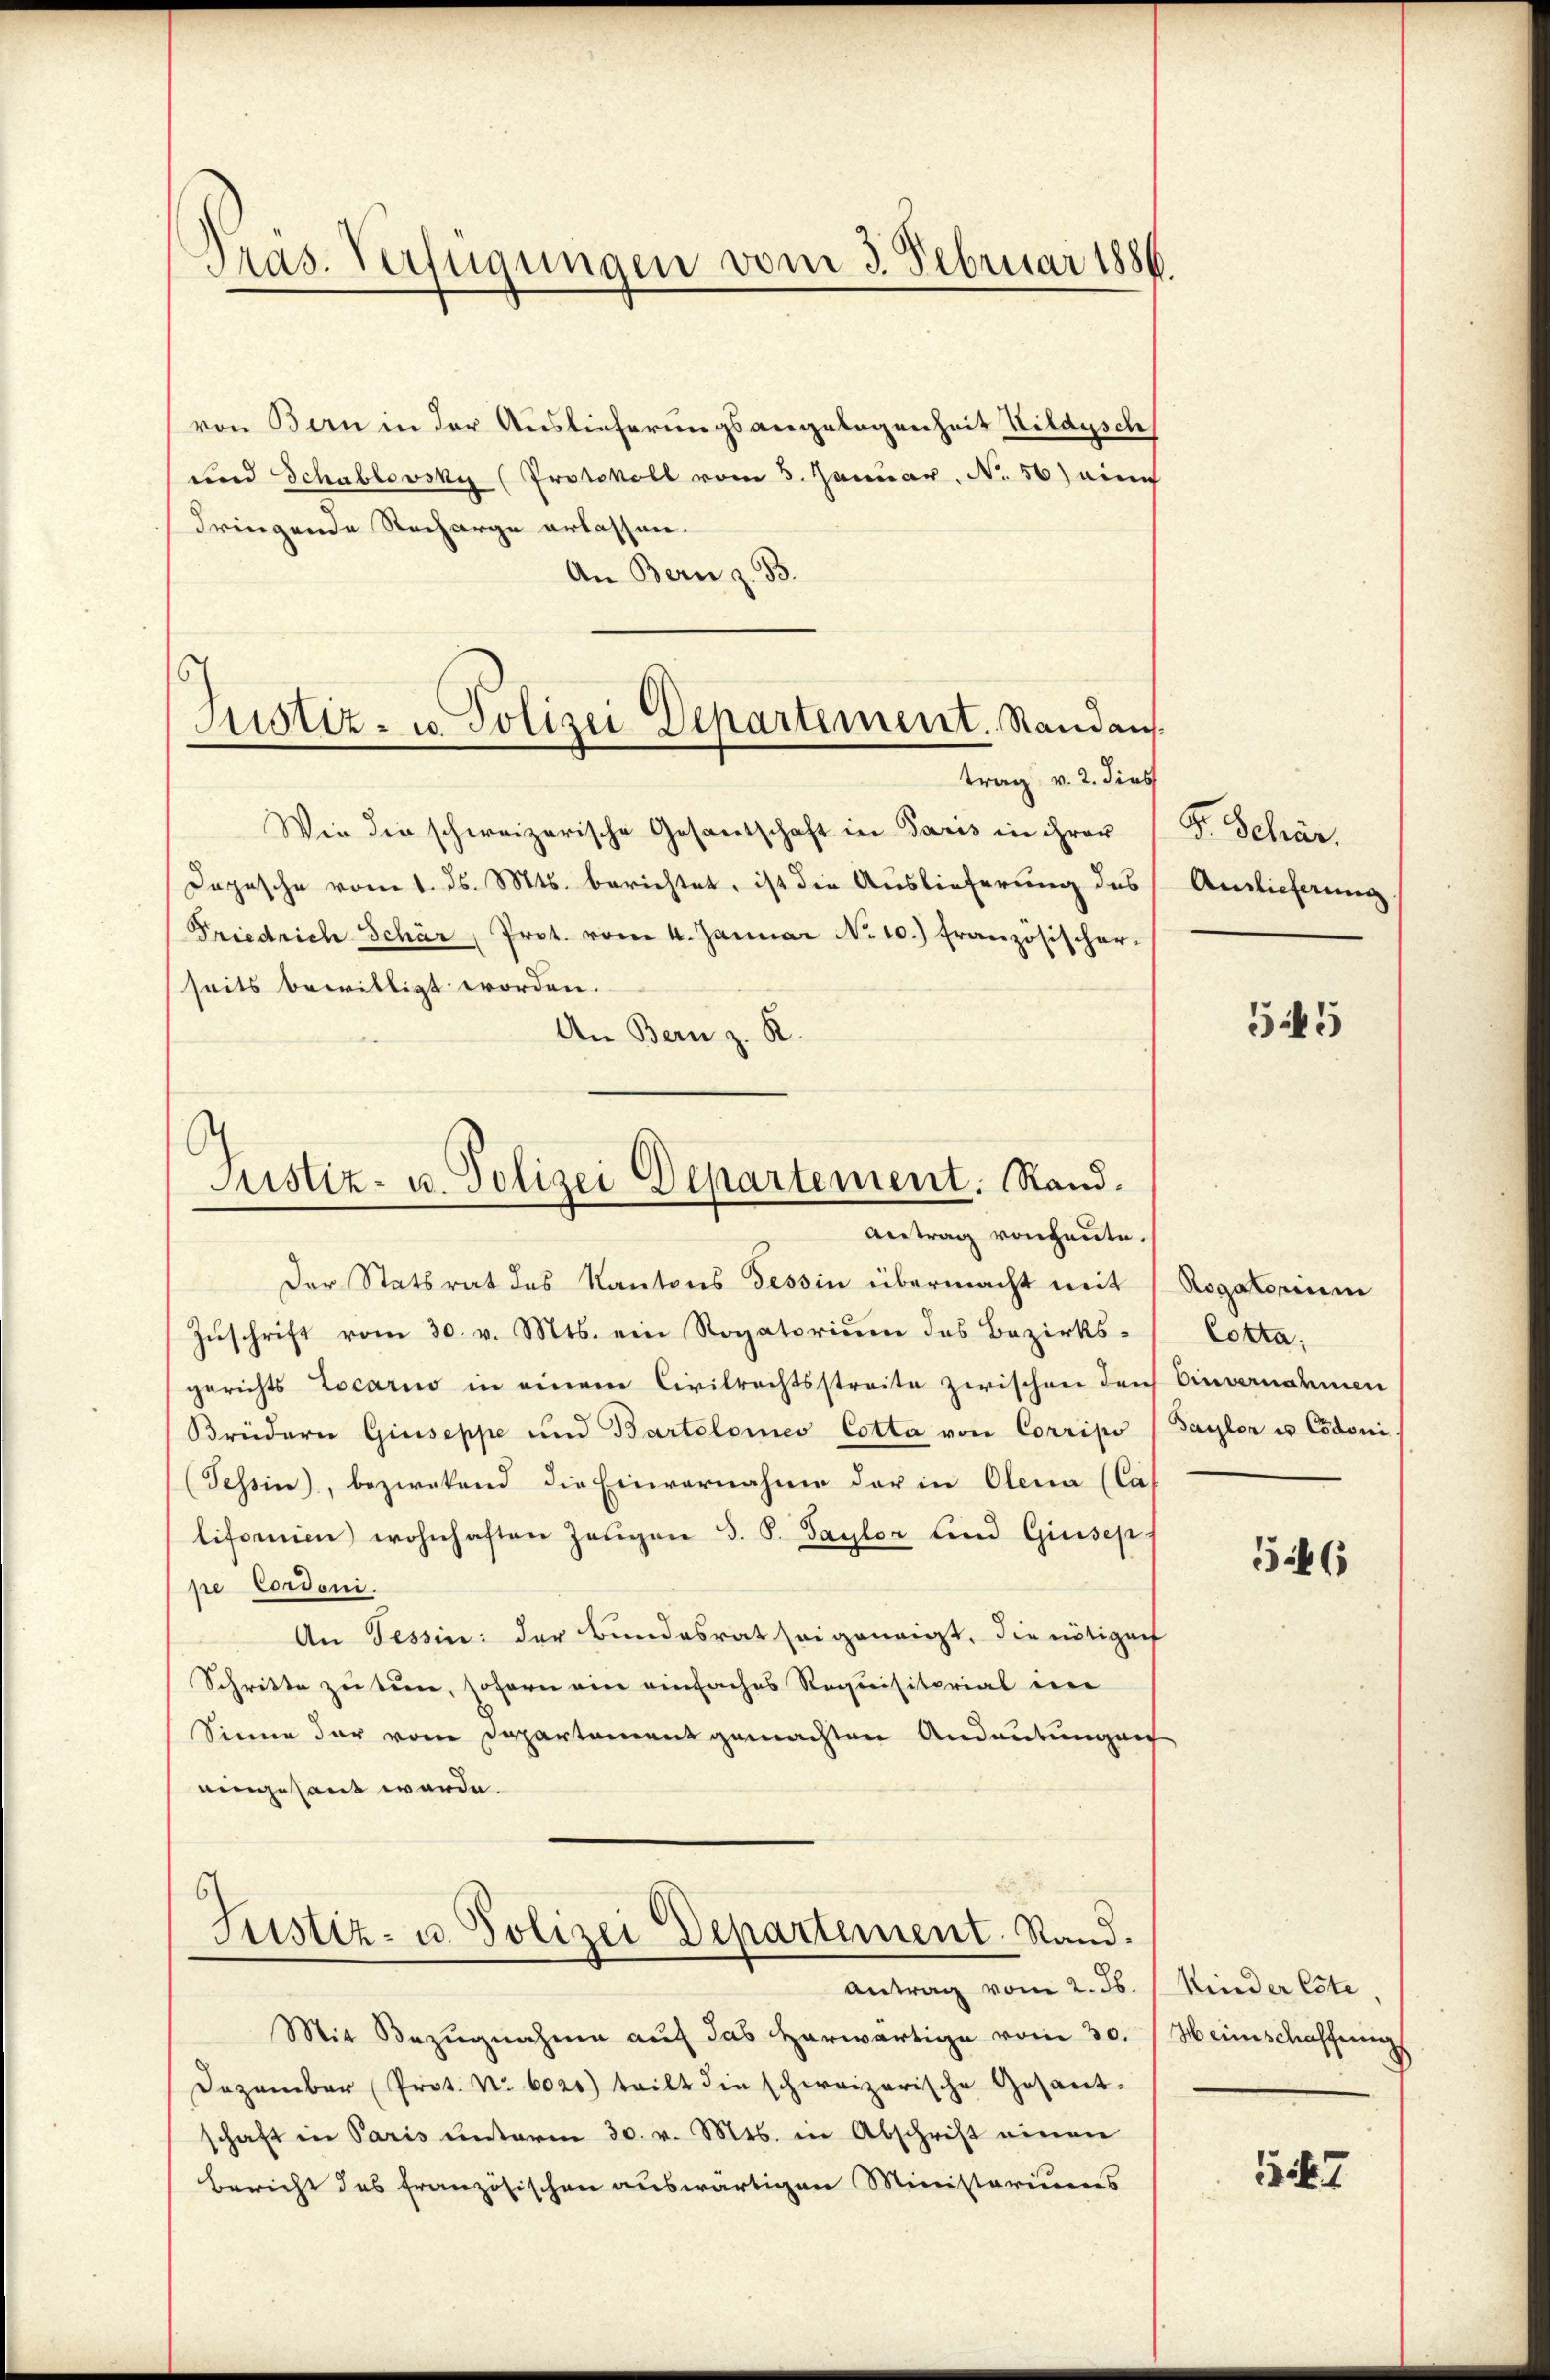
Pras. Verfügungen vom 3. Februar 1886.

s
Justiz- u. Polizei Departement. Standan

Justiz- u. Polizei Departement. Rand.
Antrag von heute.

von Bern in der Auslieferungsangelegenheit Hildysch
und Schablovsky (Protokoll vom 3. Januar. No. 56) ein
dringende Recharge erlassen.
An Bern z. B.
trag v. 2. dies
Wie die schweizerische Gesantschaft in Paris in ihrer
Dopische vom 1. ds. Mts. berichtet, ist die Auslieferung des
Friedrich Schär, Prot. vom 4. Januar No 10.) Französischer-
seits bewilligt worden.
An Bern z. R.
Der Statsrat des Kantons Tessin übermacht mit
Zuschrift vom 30. v. Mts. ein Rogatorium des Bezirks-
gerichts Locarno in einem Civilrechtsstreite zwischen durch Einvernahmen
Brüdern Giuseppe und Bartolomeo Cotta von Corripo
(Tessin, bezwekend die Einvernahme der in Olena (Cas
lifomien wohnhaften Zeŭgen d. S. Sayler und Giusep
pe Cordoni.
An Tessin: der Bundesrat seigeneigt, die nötiger
Schritte zu tun, soforn ein einfaches Requisitorial dere
Sinne der vom Departement gemachten Andeutungen
eingesant werde.
6
Justiz- u. Polizei Departement. Stand.
Antrag vom 2. ds. (Kinder Este
Mit Bezŭgnahme aŭf das herwärtige vom 30. Heimschaffung
Dezember Prot. Nr. 6020) teilt die schweizerische Gesant-
schaft in Paris unterm 30. v. Mts. in Abschrift einen
Bericht des französischen auswärtigen Ministeriums

Fr. Schär
Auslieferung

545

Rogatorium
Cotta.
Sayler in Codoni

546

1527